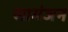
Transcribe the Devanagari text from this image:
सामंजन